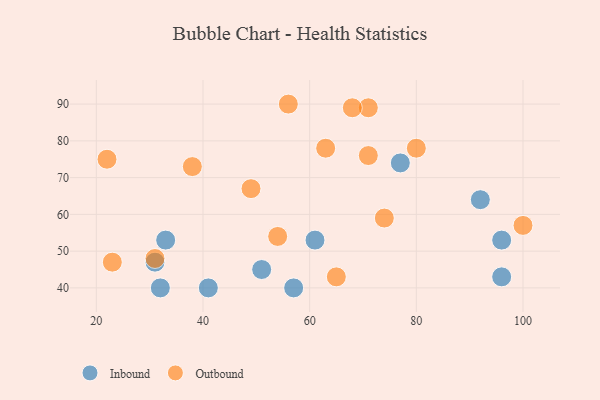
{"axis": {"x": "GDP", "y": "Life Expectancy"}, "legend": ["Inbound", "Outbound"], "data": [{"x": "77", "y": 74, "type": "Inbound"}, {"x": "57", "y": 40, "type": "Inbound"}, {"x": "32", "y": 40, "type": "Inbound"}, {"x": "33", "y": 53, "type": "Inbound"}, {"x": "51", "y": 45, "type": "Inbound"}, {"x": "92", "y": 64, "type": "Inbound"}, {"x": "61", "y": 53, "type": "Inbound"}, {"x": "96", "y": 43, "type": "Inbound"}, {"x": "41", "y": 40, "type": "Inbound"}, {"x": "31", "y": 47, "type": "Inbound"}, {"x": "96", "y": 53, "type": "Inbound"}, {"x": "100", "y": 57, "type": "Outbound"}, {"x": "63", "y": 78, "type": "Outbound"}, {"x": "49", "y": 67, "type": "Outbound"}, {"x": "54", "y": 54, "type": "Outbound"}, {"x": "71", "y": 89, "type": "Outbound"}, {"x": "38", "y": 73, "type": "Outbound"}, {"x": "68", "y": 89, "type": "Outbound"}, {"x": "56", "y": 90, "type": "Outbound"}, {"x": "74", "y": 59, "type": "Outbound"}, {"x": "23", "y": 47, "type": "Outbound"}, {"x": "71", "y": 76, "type": "Outbound"}, {"x": "22", "y": 75, "type": "Outbound"}, {"x": "80", "y": 78, "type": "Outbound"}, {"x": "31", "y": 48, "type": "Outbound"}, {"x": "65", "y": 43, "type": "Outbound"}]}